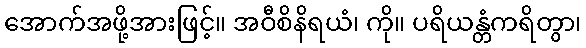
အောက်အဖို့အားဖြင့်။ အဝီစိနိရယံ၊ ကို။ ပရိယန္တံကရိတွာ၊